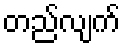
တည်လျက်